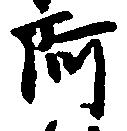
阿